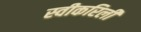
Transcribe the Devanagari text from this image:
स्वीकरिली